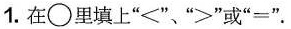
1.在\bigcirc 里填上”<””>”或”=”.